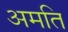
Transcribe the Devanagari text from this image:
अमति